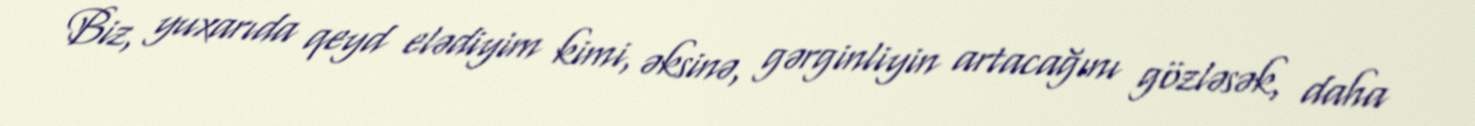
Biz, yuxarıda qeyd elədiyim kimi, əksinə, gərginliyin artacağını gözləsək, daha